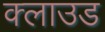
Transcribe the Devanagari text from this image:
क्‍लाउड